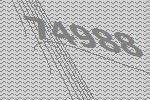
74988